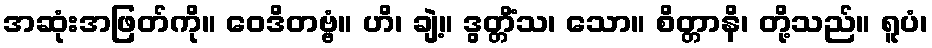
အဆုံးအဖြတ်ကို။ ဝေဒိတဗ္ဗံ။ ဟိ၊ ချဲ့။ ဒွတ္တိံသ၊ သော။ စိတ္တာနိ၊ တို့သည်။ ရူပံ၊